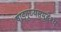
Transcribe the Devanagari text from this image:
षाड्गुण्यसमुद्देश्य